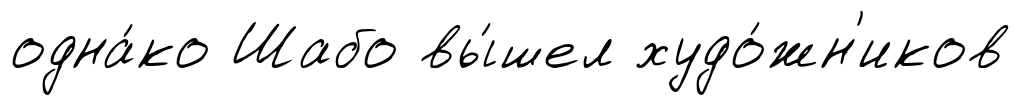
одна́ко Шабо вы́шел худо́жн'иков